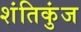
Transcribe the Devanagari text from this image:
शंतिकुंज